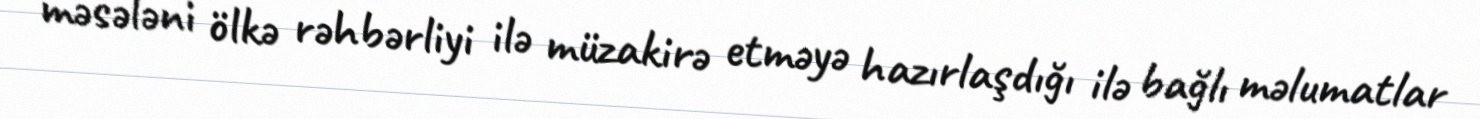
məsələni ölkə rəhbərliyi ilə müzakirə etməyə hazırlaşdığı ilə bağlı məlumatlar